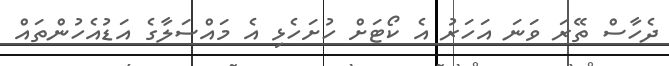
ދެހާސް ތޭރަ ވަނަ އަހަރު އެ ކޯޓަށް ހުށަހެޅި އެ މައްސަލާގެ އަޑުއެހުންތައް